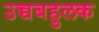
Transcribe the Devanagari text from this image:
उच्चबहुलक